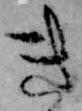
き